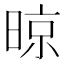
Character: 晾